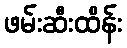
ဖမ်းဆီးထိန်း